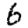
Digit: 6